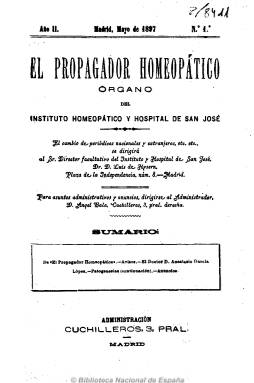
Título: El Propagador homeopático
Colección: Medicina || Homeopatía
Ámbito geográfico: Madrid
Lugar de publicación: Madrid
Fechas: 01/05/1897-31/05/1897

Periódico de frecuencia mensual, órgano del Instituto y Hospital Homeopático San José, de Madrid, que podría considerarse como continuador de El criterio médico (1860), como publicación oficial de la citada institución. Comenzó a editarse en mayo de 1896, bajo la dirección de Luis de Hysern, director también del instituto. Contiene artículos científico-prácticos sobre la medicina fundada por Samuel Hahnermann, así como informaciones sobre el hospital, una sección de variedades y varias planas de anuncios comerciales sobre salud. Entre sus firmas aparecen las del director, así como las de Manglano y Jordán. El número correspondiente a mayo de 1897, único que posee la Biblioteca Nacional de España, incluye una biografía de Anastasio García López, con motivo de su fallecimiento, acompañada de un retrato de este doctor.